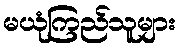
မယုံကြည်သူများ